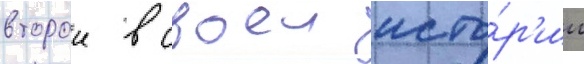
второи в своеи исто́р'ии